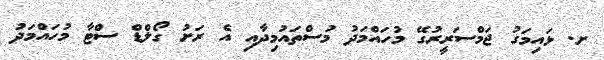
ށ. ޅައިމަގު ޖަމްސަރީރުގޭ މުހައްމަދު މުސްތައުމިދާއި އެ ރަށު ގޯލްޑް ސްޓާ މުހައްމަދު